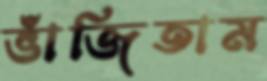
ভাঁজিতাম